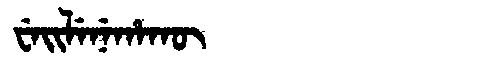
Manchu: ᠸᡝᡳᠯᡝᠨᡝᡥᠠᡴᡡ
Romanization: WEILENEHAKŪ